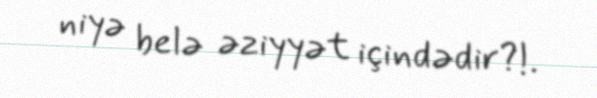
niyə belə əziyyət içindədir?!.